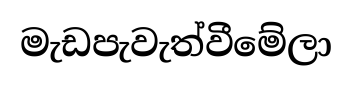
මැඩපැවැත්වීමේලා